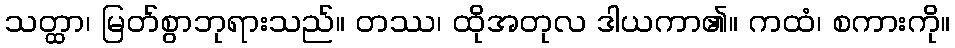
သတ္ထာ၊ မြတ်စွာဘုရားသည်။ တဿ၊ ထိုအတုလ ဒါယကာ၏။ ကထံ၊ စကားကို။